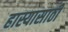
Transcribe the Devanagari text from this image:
हास्यासाठी